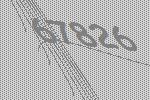
67826